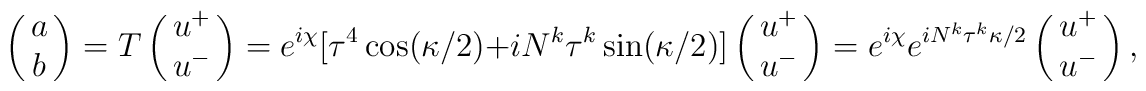
\pmatrix{ a  \cr b} = T \pmatrix{ u^{+}  \cr u^{-}} = e^{i\chi} [\tau^{4} \cos (\kappa/2) + i N^{k} \tau^{k} \sin (\kappa/2)]\pmatrix{ u^{+}  \cr u^{-}} = e^{i\chi} e^{i N^{k} \tau^{k} \kappa/2} \pmatrix{ u^{+}  \cr u^{-}},